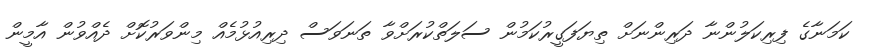
ކަމަނާގެ ފިރިކަލުންނާ ދަރިންނަށް ތިޔަފަގީރުކަމުން ސަލަތްކުރަށްވާ ތަނަވަސް ދިރިއުޅުމެއް މިންވަރުކޮށް ދެއްވުން އާމީން